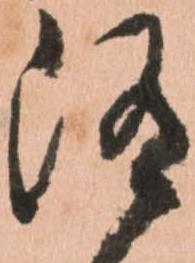
随